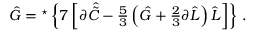
\hat { G } = { } ^ { \star } \left\{ 7 \left[ \partial \hat { \tilde { C } } - { \textstyle \frac { 5 } { 3 } } \left( \hat { G } + { \textstyle \frac { 2 } { 3 } } \partial \hat { L } \right) \hat { L } \right] \right\} \, .